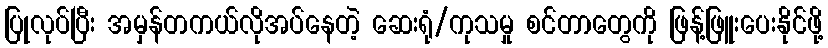
ပြုလုပ်ပြီး အမှန်တကယ်လိုအပ်နေတဲ့ ဆေးရုံ/ကုသမှု စင်တာတွေကို ဖြန့်ဖြူးပေးနိုင်ဖို့